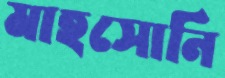
মাহসোনি